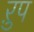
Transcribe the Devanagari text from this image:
ऱुप